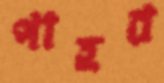
পাহর